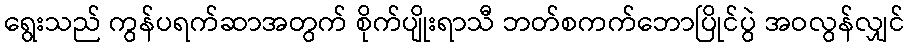
ရွေးသည် ကွန်ပရက်ဆာအတွက် စိုက်ပျိုးရာသီ ဘတ်စကက်ဘောပြိုင်ပွဲ အဝလွန်လျှင်